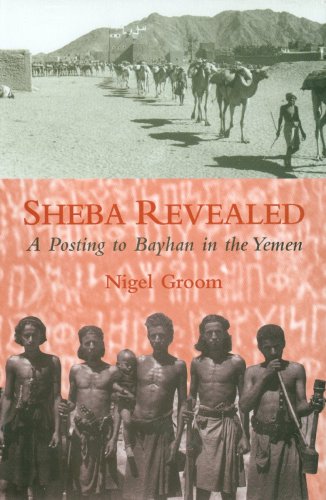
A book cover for Sheba Revealed: A Posting to Bayhan in the Yemen; Nigel Groom; History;